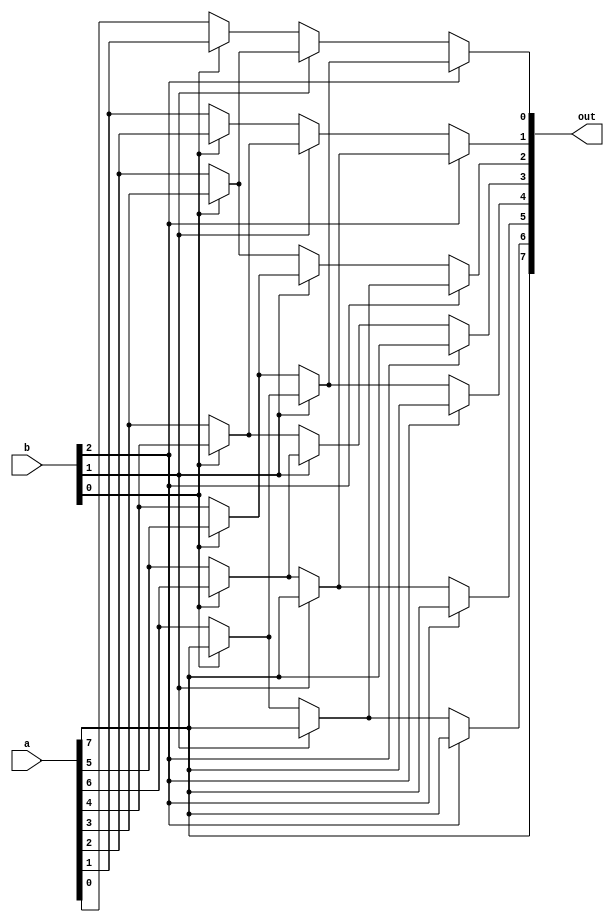
/*
   This file was generated automatically by the Mojo IDE version B1.3.4.
   Do not edit this file directly. Instead edit the original Lucid source.
   This is a temporary file and any changes made to it will be destroyed.
*/

module eightbitSRA_12 (
    input [7:0] a,
    input [7:0] b,
    output reg [7:0] out
  );
  
  
  
  reg [7:0] x;
  
  integer char;
  
  integer i;
  
  always @* begin
    char = a[7+0-:1];
    x = a;
    if (b[0+0-:1]) begin
      for (i = 1'h0; i < 3'h7; i = i + 1) begin
        x[(i)*1+0-:1] = x[(i + 1'h1)*1+0-:1];
      end
      x[7+0-:1] = char;
    end
    if (b[1+0-:1]) begin
      for (i = 1'h0; i < 3'h6; i = i + 1) begin
        x[(i)*1+0-:1] = x[(i + 2'h2)*1+0-:1];
      end
      x[7+0-:1] = char;
      x[6+0-:1] = char;
    end
    if (b[2+0-:1]) begin
      for (i = 1'h0; i < 3'h4; i = i + 1) begin
        x[(i)*1+0-:1] = x[(i + 3'h4)*1+0-:1];
      end
      x[7+0-:1] = char;
      x[6+0-:1] = char;
      x[5+0-:1] = char;
      x[4+0-:1] = char;
    end
    out = x;
  end
endmodule